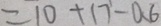
= 1 0 + 1 7 - 0 . 6